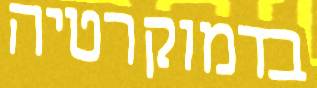
בדמוקרטיה